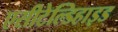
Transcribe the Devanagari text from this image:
एसीटेल्डिहाइड